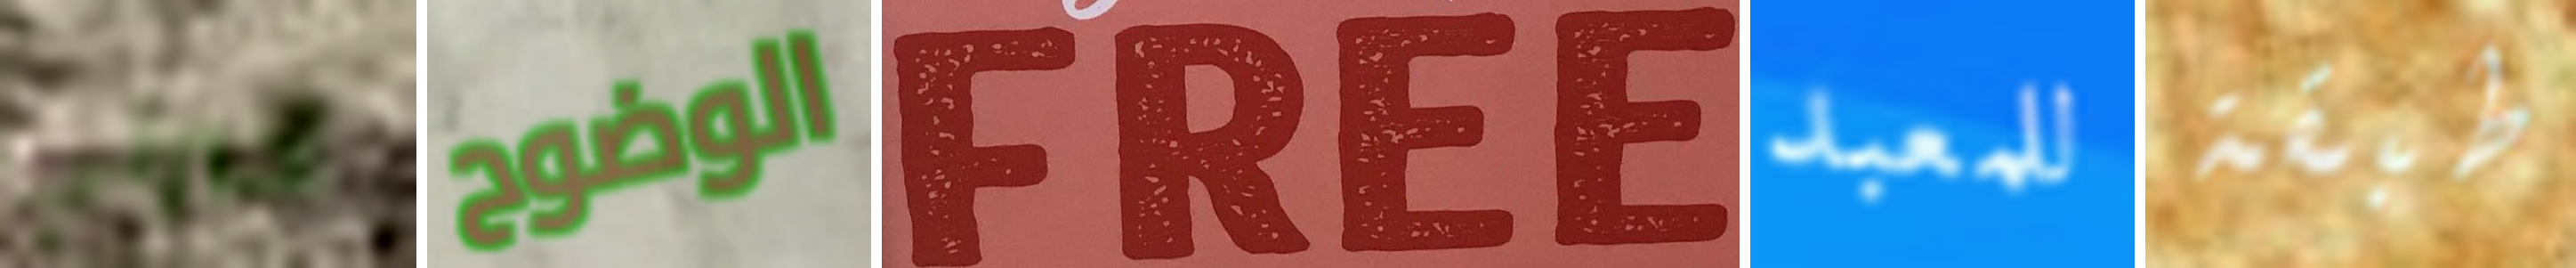
أخبرني الوضوح FREE للمعبد طبقة